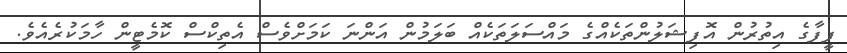
ފީފާގެ އިތުރުން އޮފިޝަލުންތަކެއްގެ މައްސަލަތަކެއް ބަލަމުން އަންނަ ކަމަށްވެސް އެތިކްސް ކޮމެޓީން ހާމަކުރެއެވެ.